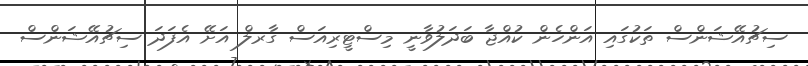
ސިޗުއޭޝަންސް ތަކުގައި އަންހެން ކުއްޖާ ބަދަލުވާނީ މިސްޓީރިއަސް ގާރލް އަށޭ އެފަދަ ސިޗުއޭޝަންސް